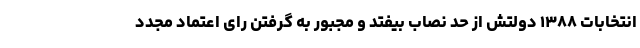
انتخابات ۱۳۸۸ دولتش از حد نصاب بیفتد و مجبور به گرفتن رای اعتماد مجدد